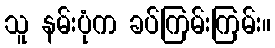
သူ နမ်းပုံက ခပ်ကြမ်းကြမ်း။